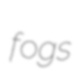
fogs